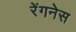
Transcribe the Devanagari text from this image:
रेंगनेस